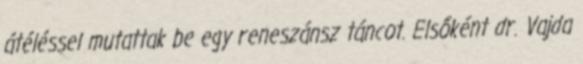
átéléssel mutattak be egy reneszánsz táncot. Elsőként dr. Vajda